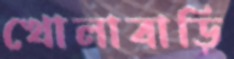
খোলাবাড়ি